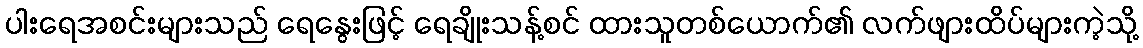
ပါးရေအစင်းများသည် ရေနွေးဖြင့် ရေချိုးသန့်စင် ထားသူတစ်ယောက်၏ လက်ဖျားထိပ်များကဲ့သို့